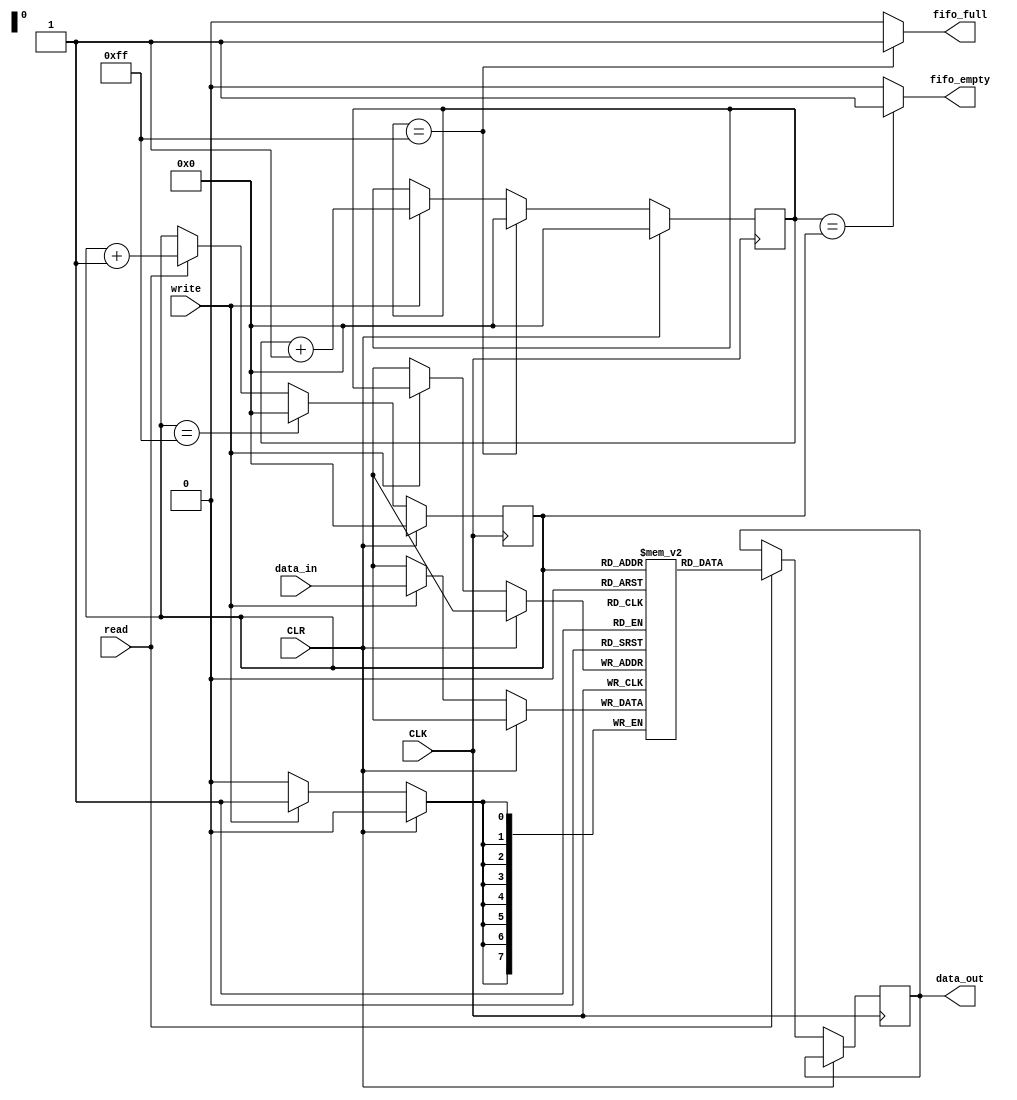
module fifo #(
    parameter WIDTH = 8,
    parameter DEPTH = 256
)(
    input [WIDTH-1:0] data_in,
    input wire CLK,
    input wire write,
    input wire read,
	 input wire CLR,
    output reg [WIDTH-1:0] data_out,
    output wire fifo_full,
    output wire fifo_empty
);

    // memory will contain the FIFO data.
    reg [WIDTH-1:0] memory [0:DEPTH-1];
    // $clog2(DEPTH+1)-2 to count from 0 to DEPTH
    reg [$clog2(DEPTH)-1:0] write_ptr;
    reg [$clog2(DEPTH)-1:0] read_ptr;

    assign fifo_empty   = ( write_ptr == read_ptr ) ? 1'b1 : 1'b0;
    assign fifo_full    = ( write_ptr == (DEPTH-1)) ? 1'b1 : 1'b0;


    always @ ( posedge CLK ) begin
	 	 if(CLR) begin
		 
				write_ptr<=0;
				read_ptr<=0;
				
		 end else begin
		 
        if ( write) begin
		  		memory[write_ptr] <= data_in;
            write_ptr <= write_ptr + 1;
        end

        if ( read ) begin
		      data_out <= memory[read_ptr];
            read_ptr <= read_ptr + 1;
        end
		  
		  if(write_ptr == DEPTH-1) begin
				write_ptr <= 0;
		  end
		  if(read_ptr == DEPTH-1) begin
				read_ptr <= 0;
		  end
		  
		 end
    end

endmodule